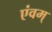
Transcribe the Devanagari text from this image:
एंवम्